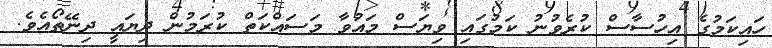
ހައިކަމުގެ އިހުސާސް ކުރެވުނު ކަމުގައި ވިޔަސް މައުވާ މަސައްކަތް ކުރަމުން ދިޔައީ ދިނޭތޯއެވެ.